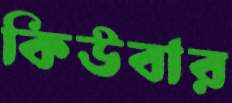
কিউবার